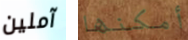
آملين أمكنها